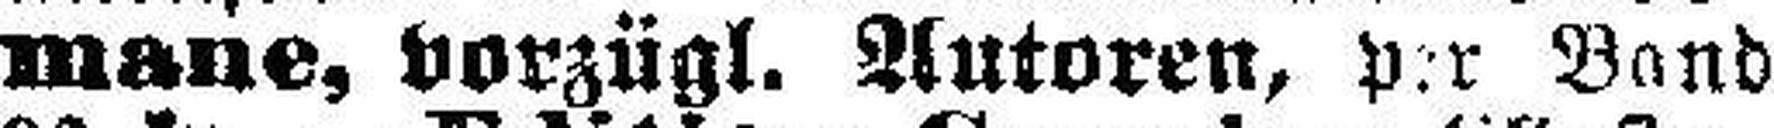
mane, vorzügl. Autoren, per Band